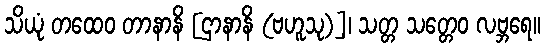
သိယုံ တထေဝ တာနာနိ [ဌာနာနိ (ဗဟူသု)]၊ သတ္တ သတ္တေဝ လဗ္ဘရေ။